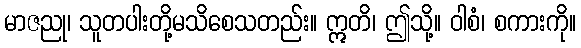
မာဇညု၊ သူတပါးတို့မသိစေသတည်း။ ဣတိ၊ ဤသို့။ ဝါစံ၊ စကားကို။